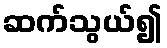
ဆက်သွယ်၍